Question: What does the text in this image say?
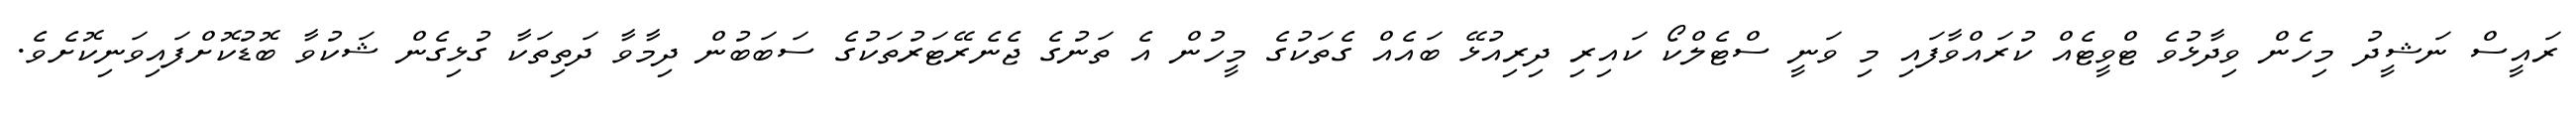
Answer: ރައީސް ނަޝީދު މިހެން ވިދާޅުވެ ޓްވީޓެއް ކުރައްވާފައި މި ވަނީ ސްޓެލްކޯ ކައިރި ދިރިއުޅޭ ބައެއް ގެތަކުގެ މީހުން އެ ތަނުގެ ޖެނެރޭޓަރުތަކުގެ ސަބަބުން ދިމާވާ ދަތިތަކާ ގުޅިގެން ޝަކުވާ ބޮޑުކޮށްފައިވަނިކޮށެވެ.